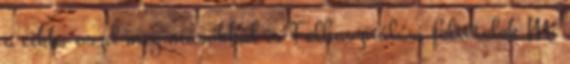
a cikk, oszd meg másokkal is Felhasználási feltételek Mi